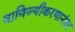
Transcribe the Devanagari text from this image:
वाणिज्यीकरणानंतर